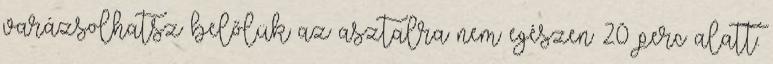
varázsolhatsz belőlük az asztalra nem egészen 20 perc alatt.